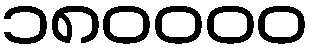
၁၈၀၀၀၀